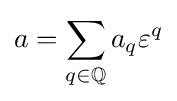
a=\sum _{q\in \mathbb {Q} }a_{q}\varepsilon ^{q}